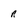
Character: r